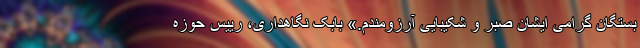
بستگان گرامی ایشان صبر و شکیبایی آرزومندم.» بابک نگاهداری، رییس حوزه